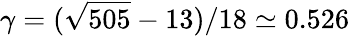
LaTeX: \gamma=(\sqrt{505}-13)/18\simeq 0.526